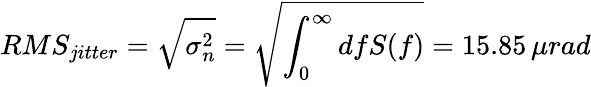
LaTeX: RMS_{jitter}=\sqrt{\sigma_{n}^{2}}=\sqrt{\int_{0}^{\infty}dfS(f)}=15.85\, \mu rad